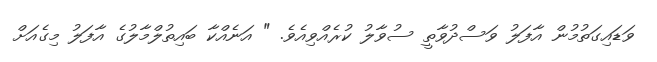
ވަޑައިގަތުމުން އާފަލު ވަސްދުވާތީ ސުވާލު ކުރެއްވިއެވެ. " އަނެއްކާ ބައިތުލްމާލުގެ އާފަލު މިގެއަށް